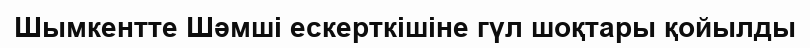
Шымкентте Шәмші ескерткішіне гүл шоқтары қойылды